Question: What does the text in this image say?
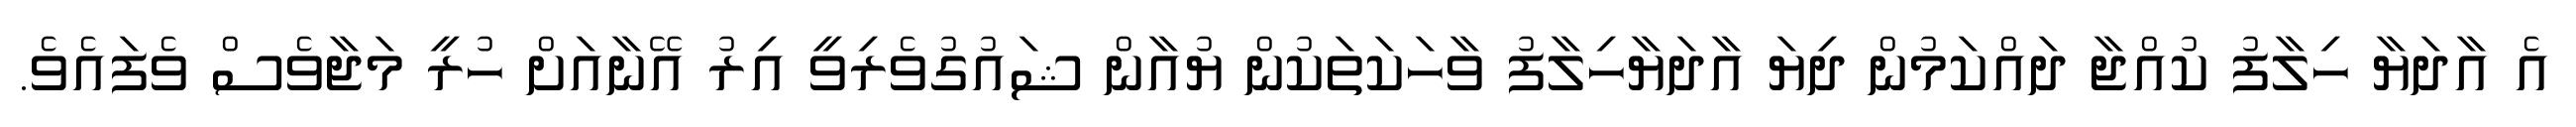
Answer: އެ އާދަޔާ ހިލާފު ކުއްޖާ ދައްކަމުން ދިޔަ އާދަޔާހިލާފު ވާހަކަތަކުން ޔުއާން ޝައުގުވެރިވީ އިރު އޭނާއަށް ހުރީ މަޖާވެސް ވެފައެވެ.